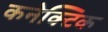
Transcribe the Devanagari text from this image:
कनेक्टिक